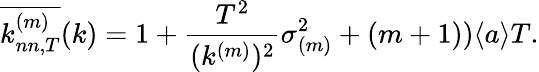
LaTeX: \overline{{k_{nn,T}^{(m)}}}(k)=1+\frac{T^{2}}{(k^{(m)})^{2}}\sigma_{(m)}^{2}+(m+1))\langle a\rangle T.